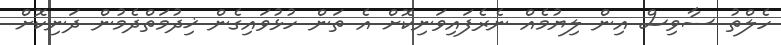
ހެލްތު ސާވިސް އިން ލިޔުމެއް ނެރެފައިވަނިކޮށް އެ ތަން ހުޅުވައިގެން ޚިދުމަތްދެމުން ދަނިކޮށް